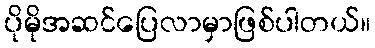
ပိုမိုအဆင်ပြေလာမှာဖြစ်ပါတယ်။